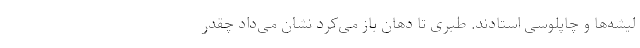
لیشه‌ها و چاپلوسی استادند. طبری تا دهان باز می‌کرد نشان می‌داد چقدر